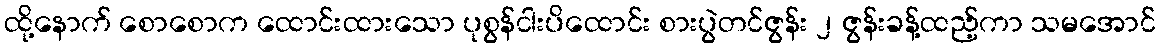
ထို့နောက် စောစောက ထောင်းထားသော ပုစွန်ငါးပိထောင်း စားပွဲတင်ဇွန်း ၂ ဇွန်းခန့်ထည့်ကာ သမအောင်